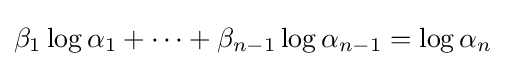
\beta _{1}\log \alpha _{1}+\cdots +\beta _{n-1}\log \alpha _{n-1}=\log \alpha _{n}